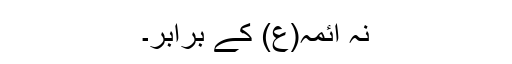
نہ آئمہ(ع) کے برابر۔